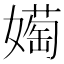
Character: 𫱰